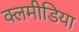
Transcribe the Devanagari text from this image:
क्लमीडिया